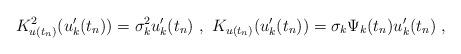
LaTeX: \begin{align*}K_{u(t_n)}^2(u'_k (t_n))=\sigma_k ^2u'_k (t_n)\ ,\ K_{u(t_n)}(u'_k (t_n))=\sigma_k \Psi_k (t_n)u'_k (t_n)\ ,\end{align*}